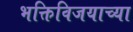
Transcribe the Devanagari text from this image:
भक्तिविजयाच्या